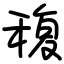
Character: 稪